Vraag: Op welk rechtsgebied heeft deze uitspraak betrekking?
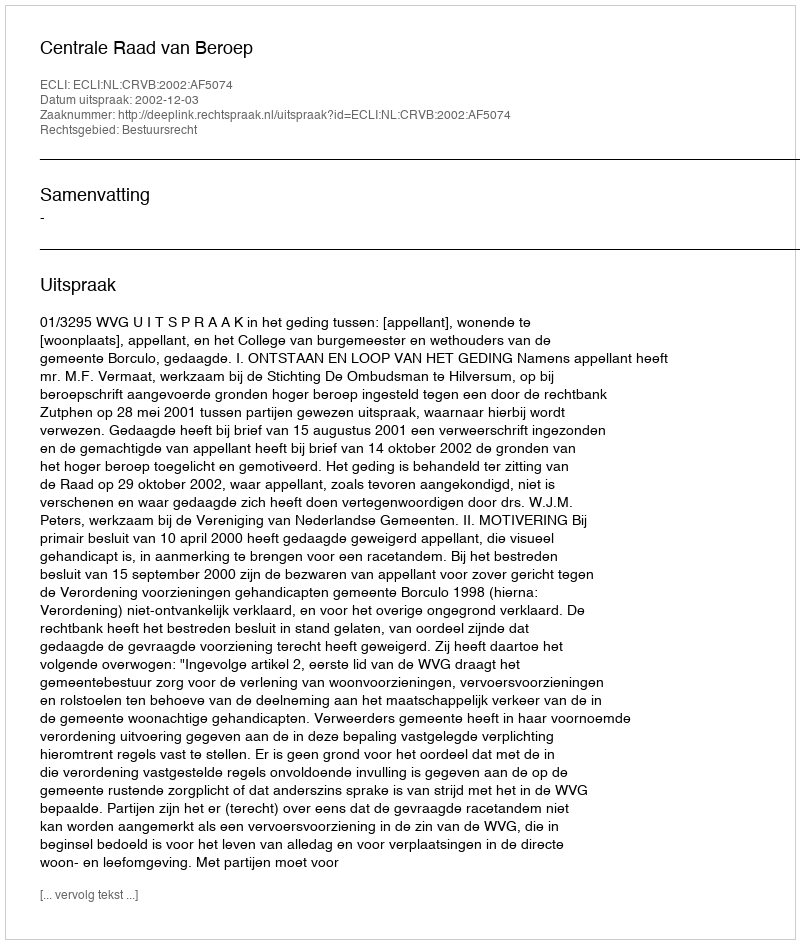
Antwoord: Bestuursrecht